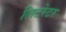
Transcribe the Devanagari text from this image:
लिटरेटर